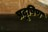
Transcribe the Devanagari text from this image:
प्रदूषिण